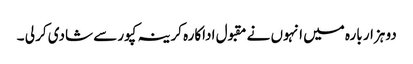
دو ہزار بارہ میں انہوں نے مقبول اداکارہ کرینہ کپور سے شادی کر لی ۔